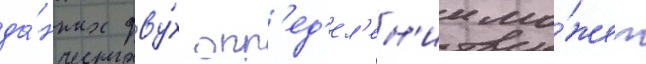
да́нных дву́х опр'ед'ел'ен'ии мо́жет